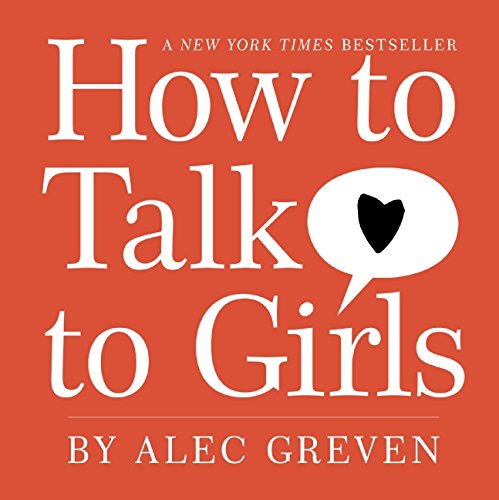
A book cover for How to Talk to Girls; Alec Greven; Reference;